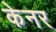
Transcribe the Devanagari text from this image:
केनर